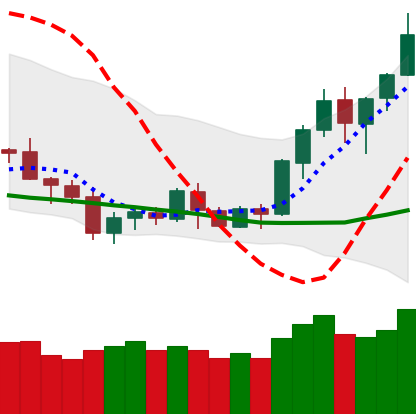
Ticker: BNB-USD
Chart end date: 2020-07-12
Forward return: -6.315%
Label: down_5_7